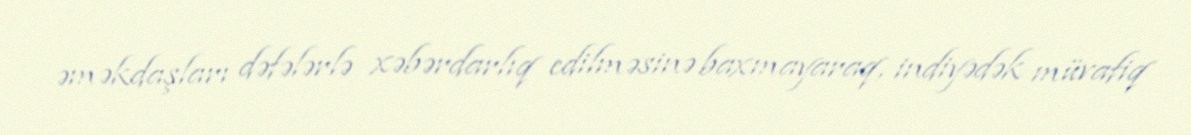
əməkdaşları dəfələrlə xəbərdarlıq edilməsinə baxmayaraq, indiyədək müvafiq